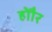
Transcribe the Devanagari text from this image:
होौर